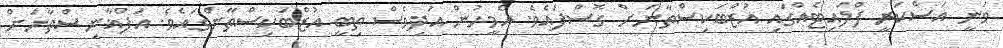
ވަނީ އަސްކަރީ ފްލައިޓެއްގައި އުޒްބަކިސްތާނަށް ގޮސްފައެވެ. އެމީހުން އަދިވެސް ތިބީ އުޒްބަކިސްތާންގައެވެ. އަފްޣާނިސްތާނަށް